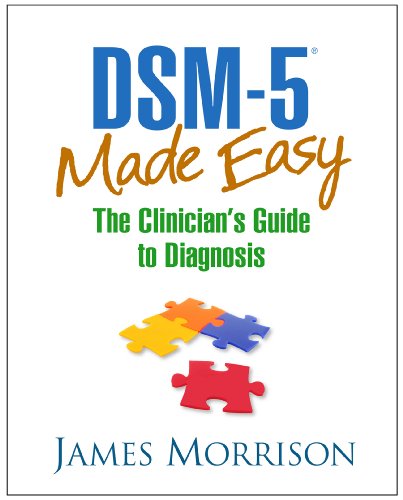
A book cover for DSM-5Â® Made Easy: The Clinician's Guide to Diagnosis; James Morrison MD; Medical Books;